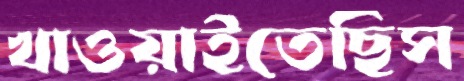
খাওয়াইতেছিস